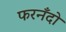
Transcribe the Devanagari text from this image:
फरनँदो